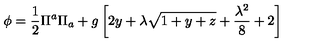
\phi = \frac { 1 } { 2 } \Pi ^ { a } \Pi _ { a } + g \left[ 2 y + \lambda \sqrt { 1 + y + z } + \frac { \lambda ^ { 2 } } { 8 } + 2 \right]